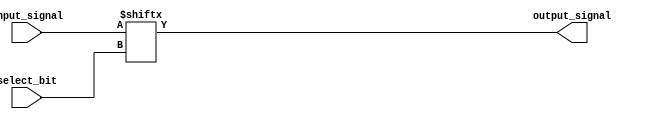
module bit_select_assign (
    input [7:0] input_signal,
    input [3:0] select_bit,
    output reg output_signal
);

always @* begin
    output_signal = input_signal[select_bit];
end

endmodule